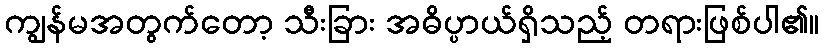
ကျွန်မအတွက်တော့ သီးခြား အဓိပ္ပာယ်ရှိသည့် တရားဖြစ်ပါ၏။